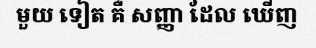
មួយ ទៀត គឺ សញ្ញា ដែល ឃើញ